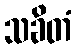
သခိတံ